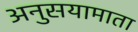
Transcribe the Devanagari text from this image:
अनुसयामाता